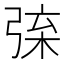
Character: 𢏲